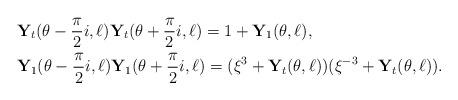
LaTeX: \begin{align*}&{\mathbf Y}_t(\theta-\frac{\pi}{2}i ,\ell) {\mathbf Y}_t(\theta+\frac{\pi}{2}i,\ell) =1+ {\mathbf Y}_1(\theta,\ell), \\&{\mathbf Y}_1(\theta-\frac{\pi}{2}i ,\ell) {\mathbf Y}_1(\theta+\frac{\pi}{2}i,\ell) =(\xi^3+ {\mathbf Y}_t(\theta,\ell)) (\xi^{-3}+ {\mathbf Y}_t(\theta,\ell)). \end{align*}